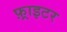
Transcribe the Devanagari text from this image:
फ़्राइटर